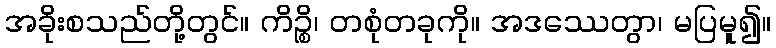
အခိုးစသည်တို့တွင်။ ကိဉ္စိ၊ တစုံတခုကို။ အဒဿေတွာ၊ မပြမူ၍။